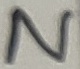
Text: N